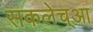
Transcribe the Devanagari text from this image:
सकलेच्आ